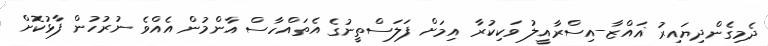
ދެމިގެންދިޔައިރު ޣައްޒާ-އިސްރާއީލު ވަކިކުރާ އިމަށް ފަލަސްތީނުގެ އެތައްހާސް އާންމުން އެއްވެ ނުރުހުން ފާޅުކޮށް